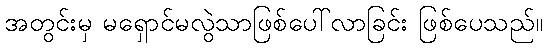
အတွင်းမှ မရှောင်မလွဲသာဖြစ်ပေါ်လာခြင်း ဖြစ်ပေသည်။